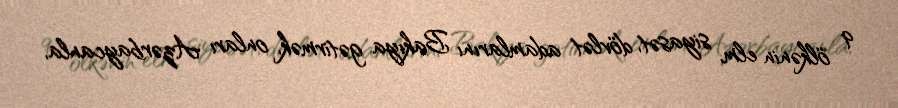
9 ölkənin elm, siyasət, dövlət adamlarını Bakıya gətirmək, onları Azərbaycanla,